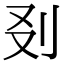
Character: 𠚿